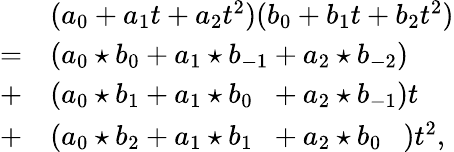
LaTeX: \begin{array}{ll}&{(a_{0}+a_{1}t+a_{2}t^{2})(b_{0}+b_{1}t+b_{2}t^{2})}\\ {=}&{(a_{0}\star b_{0}+a_{1}\star b_{-1}+a_{2}\star b_{-2})}\\ {+}&{(a_{0}\star b_{1}+a_{1}\star b_{0\phantom{-}}+a_{2}\star b_{-1})t}\\ {+}&{(a_{0}\star b_{2}+a_{1}\star b_{1\phantom{-}}+a_{2}\star b_{0}\phantom{-})t^{2},}\end{array}